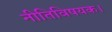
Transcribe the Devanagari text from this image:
नीतिविषयक।